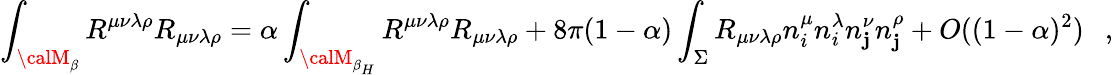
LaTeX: \int_{{\calM}_{\beta}}R^{\mu\nu\lambda\rho}R_{\mu\nu\lambda\rho}=\alpha\int_{{\calM}_{\beta_{H}}}R^{\mu\nu\lambda\rho}R_{\mu\nu\lambda\rho}+8\pi(1-\alpha)\int_{\Sigma}R_{\mu\nu\lambda\rho}n_{i}^{\mu}n_{i}^{\lambda}n_{\mathbf{j}}^{\nu}n_{\mathbf{j}}^{\rho}+O((1-\alpha)^{2})~~~,